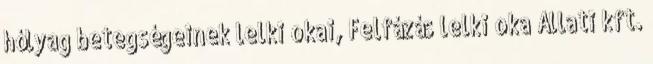
hólyag betegségeinek lelki okai, Felfázás lelki oka Állati kft.